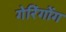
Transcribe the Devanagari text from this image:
गेरिंगोंग